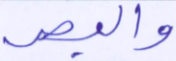
والبصر